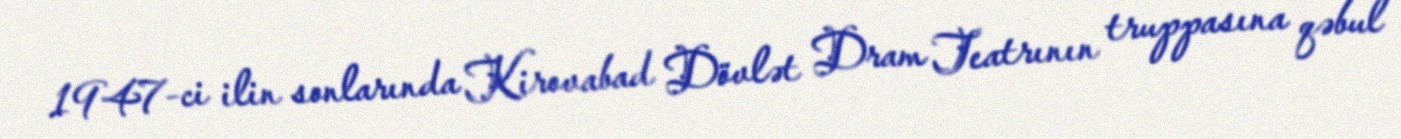
1947-ci ilin sonlarında Kirovabad Dövlət Dram Teatrının truppasına qəbul